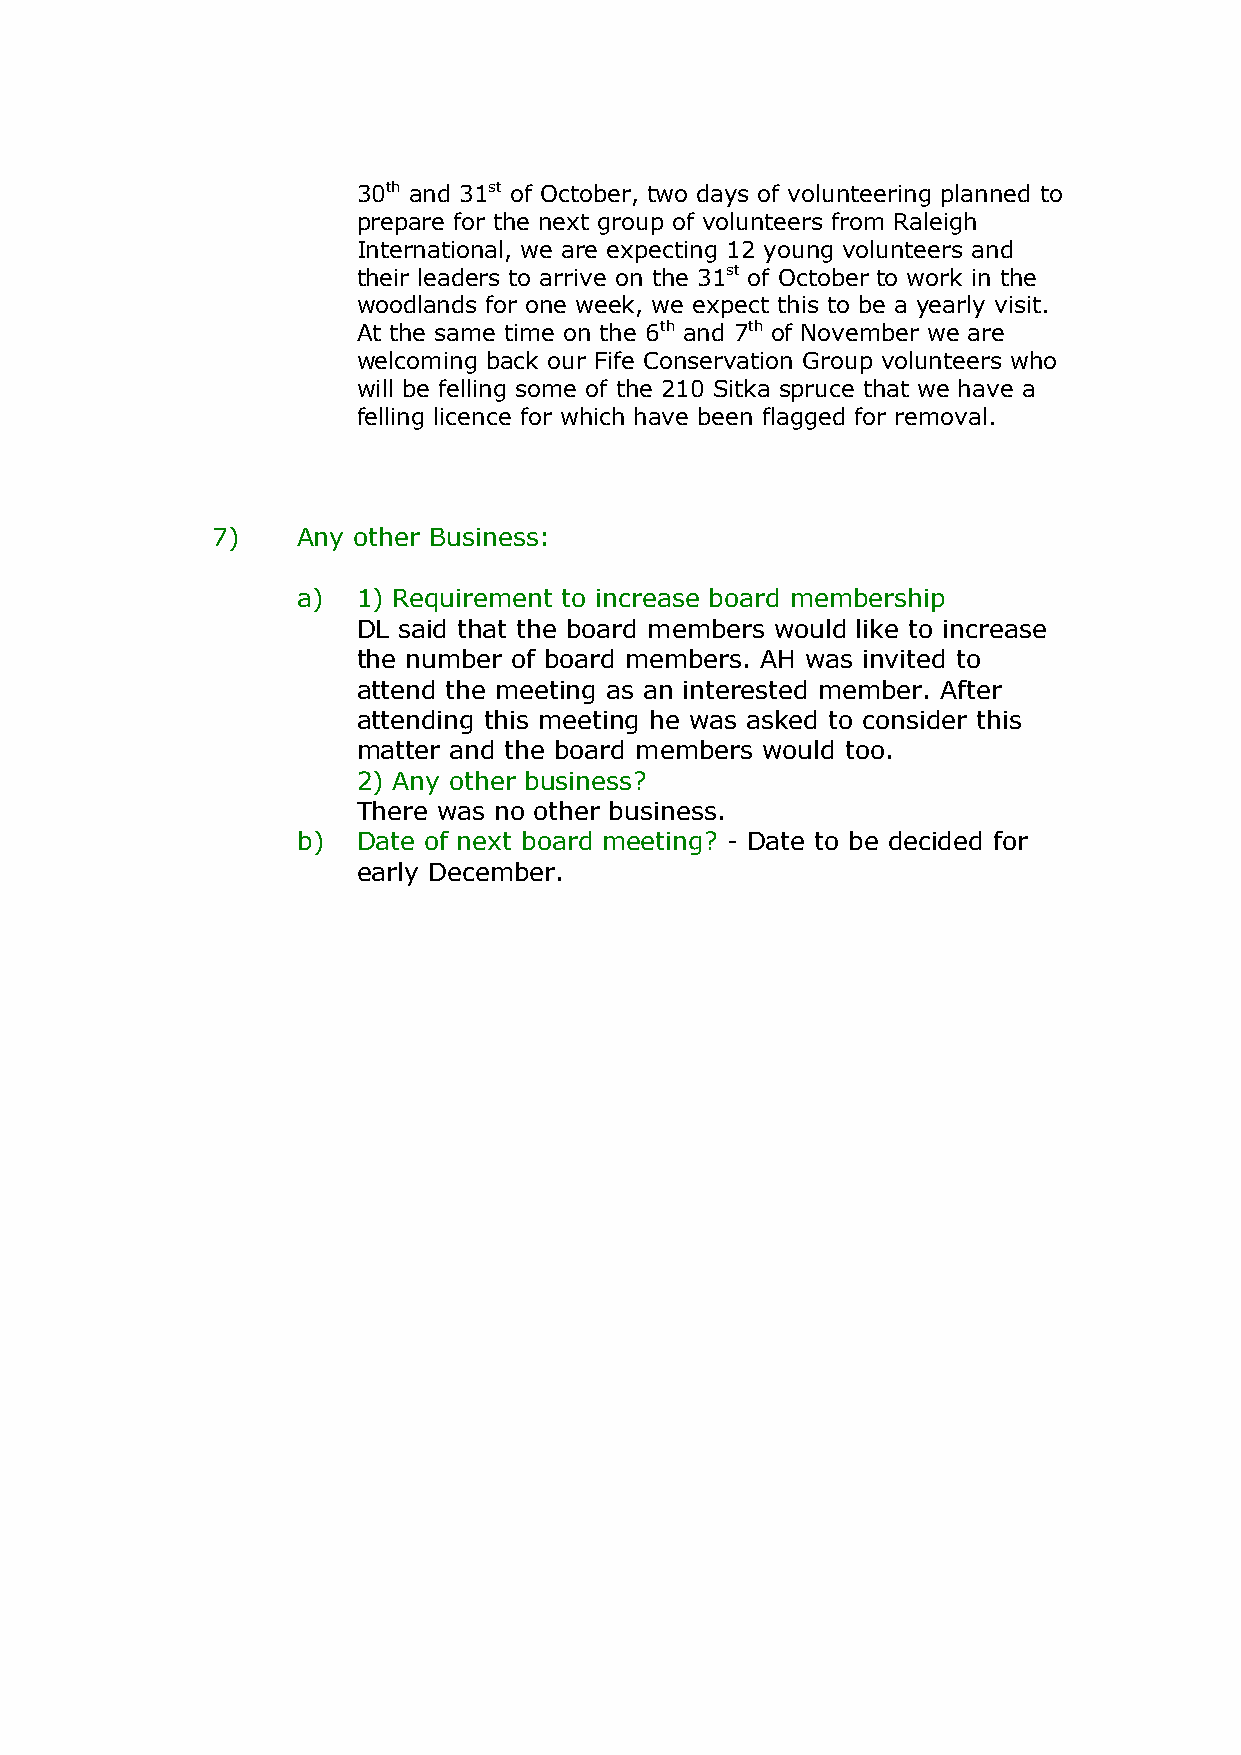
30th and 31st of October, two days of volunteering planned to
 prepare for the next group of volunteers from Raleigh
 International, we are expecting 12 young volunteers and
 their leaders to arrive on the 31st of October to work in the
 woodlands for one week, we expect this to be a yearly visit.
 At the same time on the 6th and 7th of November we are
 welcoming back our Fife Conservation Group volunteers who
 will be felling some of the 210 Sitka spruce that we have a
 felling licence for which have been flagged for removal.
 7)    Any other Business:
 a)  1) Requirement to increase board membership
 DL said that the board members would like to increase
 the number of board members. AH was invited to
 attend the meeting as an interested member. After
 attending this meeting he was asked to consider this
 matter and the board members would too.
 2) Any other business?
 There was no other business.
 b)  Date of next board meeting? - Date to be decided for
 early December.